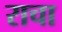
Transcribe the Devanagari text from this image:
राचा